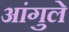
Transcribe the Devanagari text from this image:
आंगुले